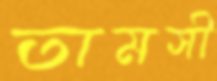
তামসী